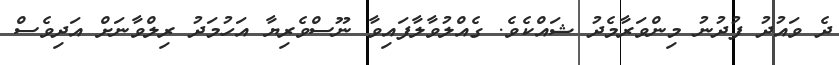
ދެ ވައުދު ފުދުނު މިންވަރާމެދު ޝައްކެވެ. ގެއްލުވާލާފައިވާ ނޫސްވެރިޔާ އަހުމަދު ރިލްވާނަށް އަދިވެސް